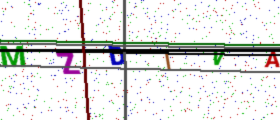
Text: MZDIVA